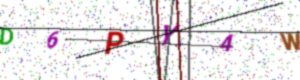
Text: D6PY4W